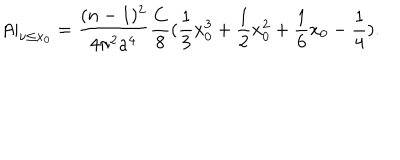
A | _ { \nu \leq x _ { 0 } } = \frac { ( n - 1 ) ^ { 2 } } { 4 \pi ^ { 2 } a ^ { 4 } } \frac { C } { 8 } ( \frac { 1 } { 3 } x _ { 0 } ^ { 3 } + \frac { 1 } { 2 } x _ { 0 } ^ { 2 } + \frac { 1 } { 6 } x _ { 0 } - \frac { 1 } { 4 } ) .